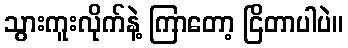
သွားကူးလိုက်နဲ့ ကြာတော့ ငြိတာပါပဲ။